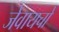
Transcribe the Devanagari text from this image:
जेवायचो